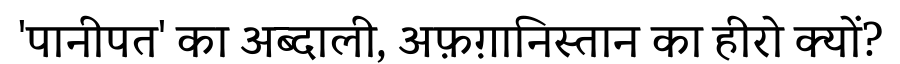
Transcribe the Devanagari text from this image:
'पानीपत' का अब्दाली, अफ़ग़ानिस्तान का हीरो क्यों?